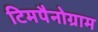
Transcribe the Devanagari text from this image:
टिमपैनोग्राम